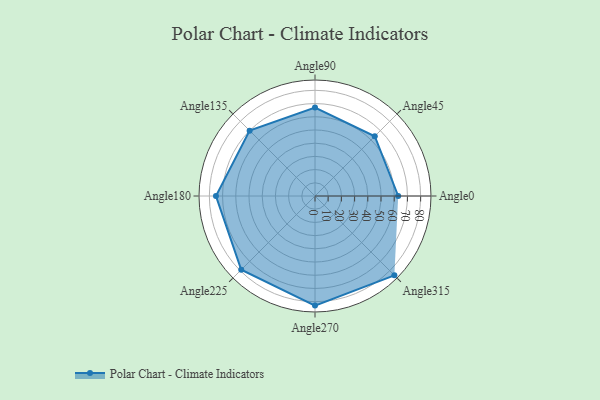
{"axis": {"x": "Angle", "y": "Radius"}, "legend": [""], "data": [{"x": "Angle0", "y": 63.0, "type": ""}, {"x": "Angle45", "y": 64.0, "type": ""}, {"x": "Angle90", "y": 67.0, "type": ""}, {"x": "Angle135", "y": 70.0, "type": ""}, {"x": "Angle180", "y": 75.0, "type": ""}, {"x": "Angle225", "y": 79.0, "type": ""}, {"x": "Angle270", "y": 83.0, "type": ""}, {"x": "Angle315", "y": 85.0, "type": ""}]}